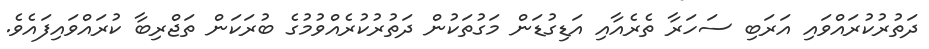
ދަތުރުކުރައްވައި އަރަބި ސަހަރާ ތެރެއާއި އަޑިގުޑަން މަގުތަކުން ދަތުރުކުރެއްވުމުގެ ބުރަކަން ތަޖްރިބާ ކުރައްވައިފައެވެ.